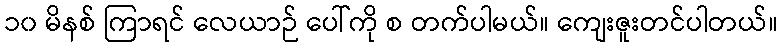
၁၀ မိနစ် ကြာရင် လေယာဉ် ပေါ်ကို စ တက်ပါမယ်။ ကျေးဇူးတင်ပါတယ်။